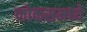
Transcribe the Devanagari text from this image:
फोकसमध्ये